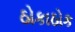
ઠોકાઠોક